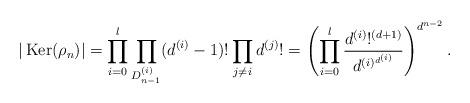
LaTeX: \begin{align*}|\operatorname{Ker}(\rho_n)| &= \prod_{i=0}^l \prod_{D_{n-1}^{(i)}} (d^{(i)}-1)! \prod_{j \neq i} d^{(j)}!= \left(\prod_{i=0}^{l}\frac{d^{(i)}!^{(d+1)}}{d^{(i)^{d^{(i)}}}}\right)^{d^{n-2}}.\end{align*}